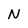
Character: N